65_HS1-834228961_62-HQ-83894_Serial_130
Agency: FBI
Page 54
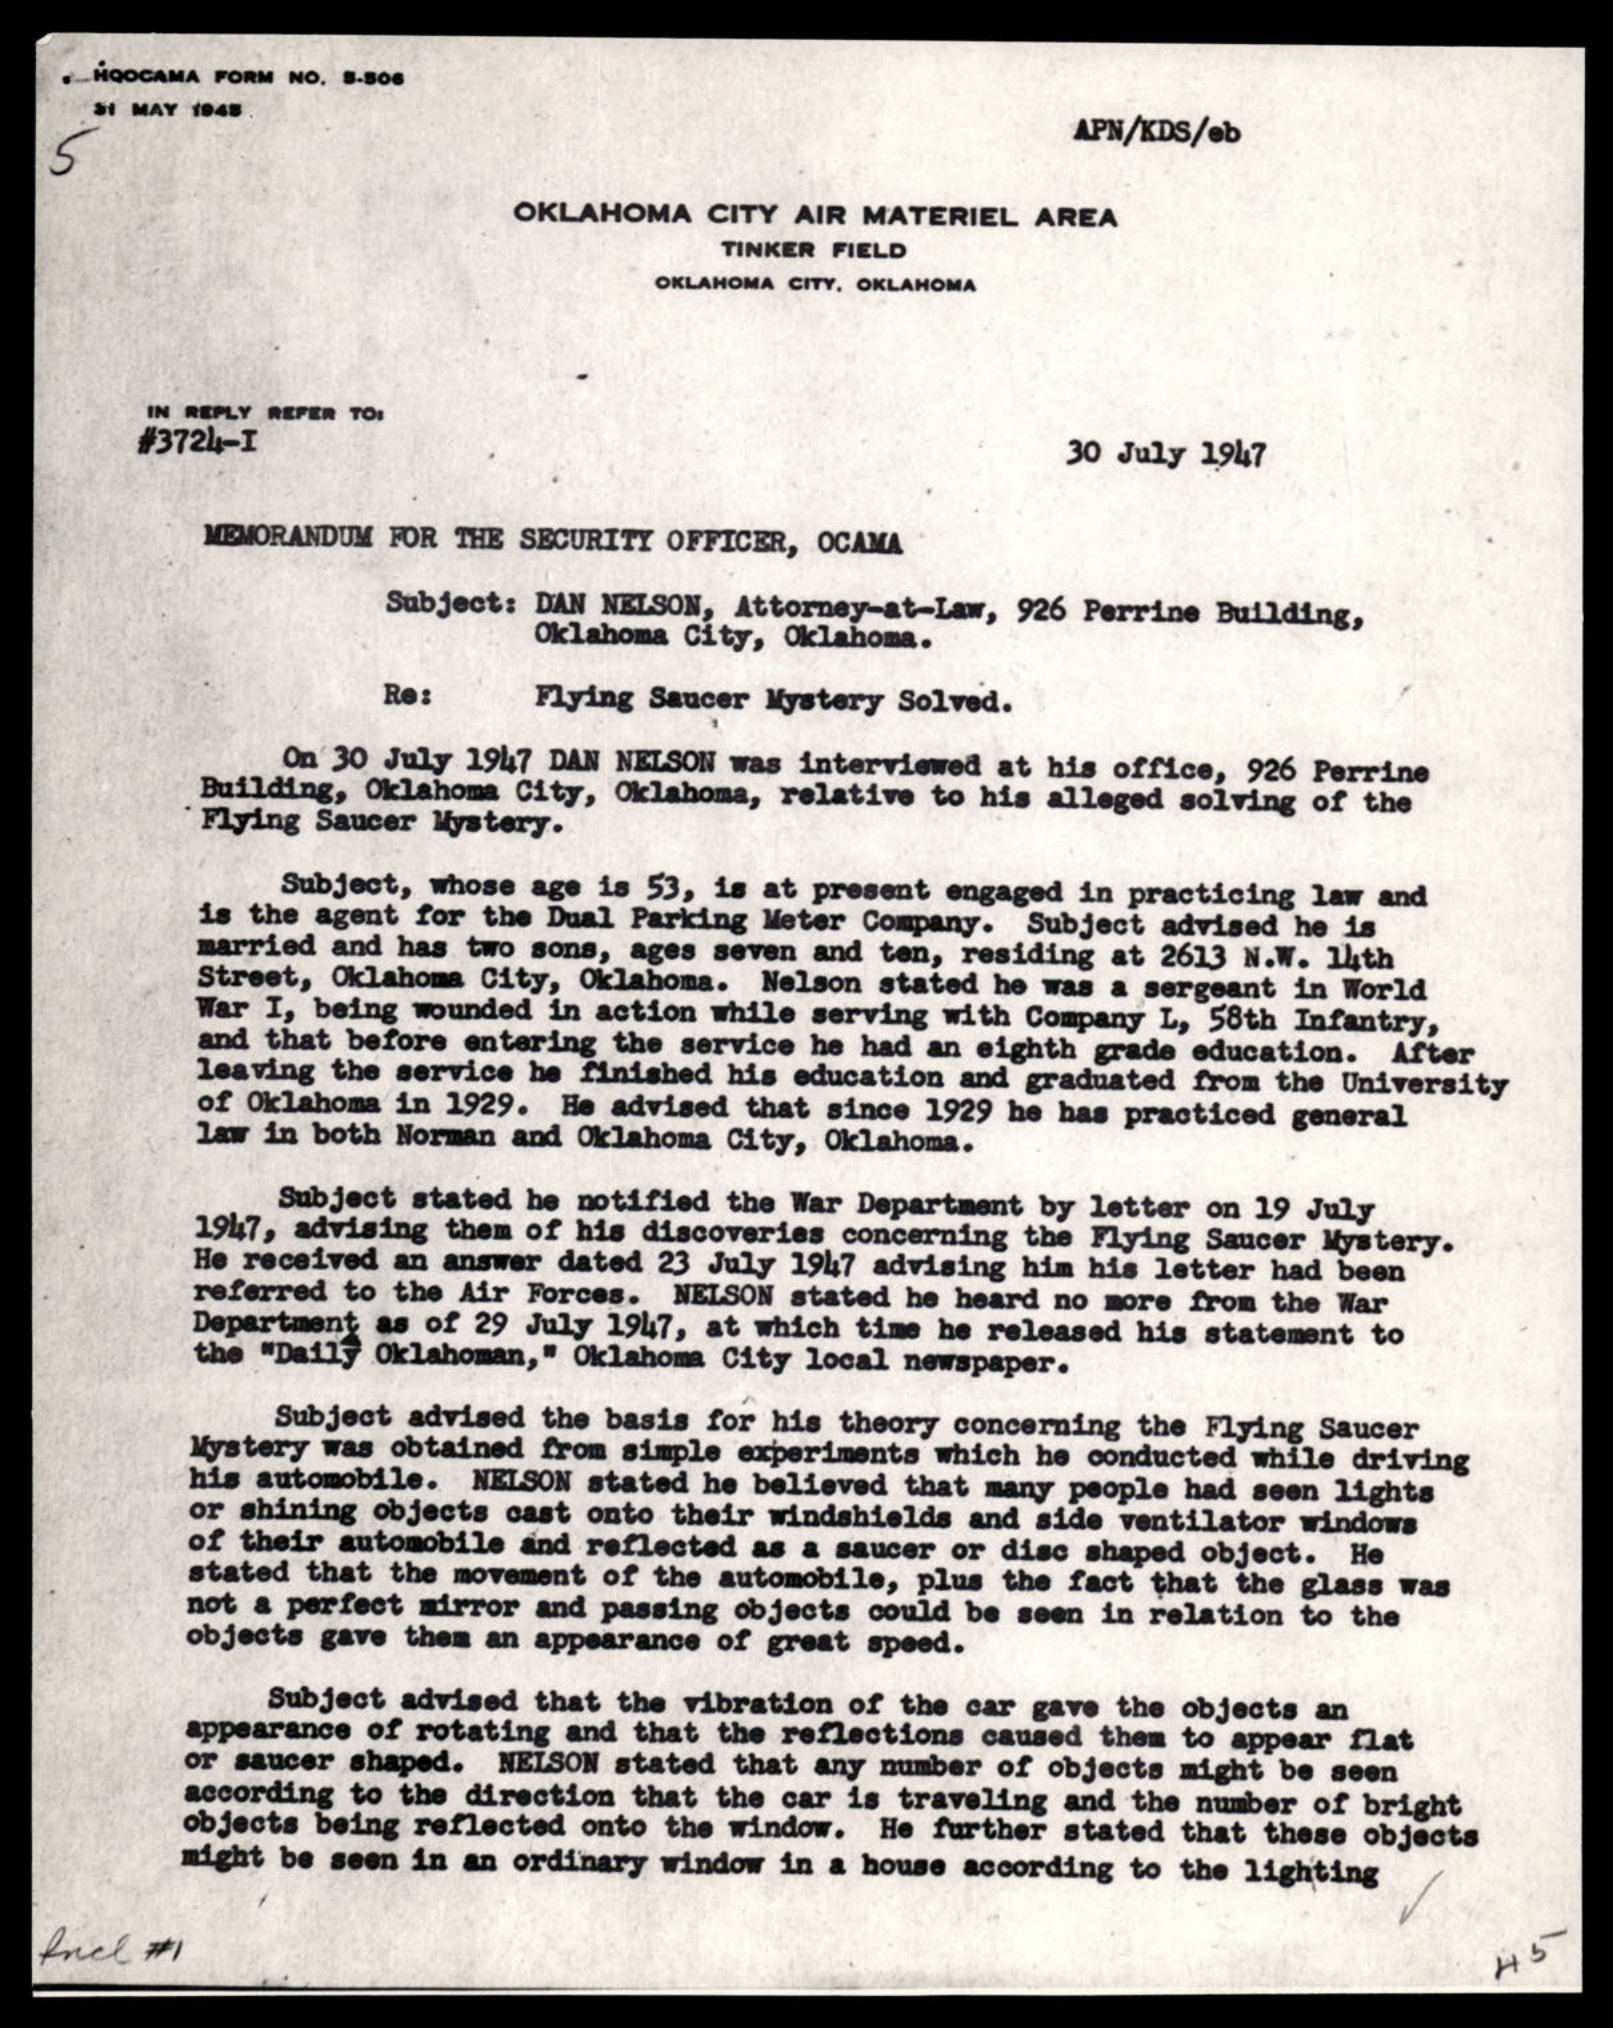